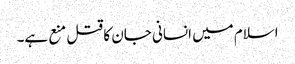
اسلام میں انسانی جان کا قتل منع ہے۔